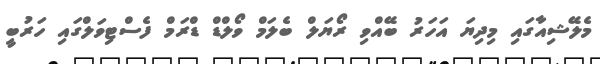
މެލޭޝިއާގައި މިދިޔަ އަހަރު ބޭއްވި ރޯޔަލް ބެލަމް ވޯލްޑް ޑްރަމް ފެސްޓިވަލްގައި ހަރުބީ